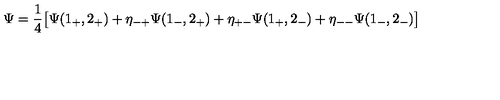
\Psi = { \frac { 1 } { 4 } } \bigl [ \Psi ( 1 _ { + } , 2 _ { + } ) + \eta _ { - + } \Psi ( 1 _ { - } , 2 _ { + } ) + \eta _ { + - } \Psi ( 1 _ { + } , 2 _ { - } ) + \eta _ { -- } \Psi ( 1 _ { - } , 2 _ { - } ) \bigr ]